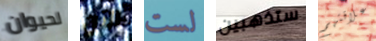
لحيوان الآن لست ستذهبين علاقتهم